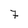
Character: 7